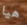
هيا